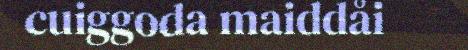
cuiggoda maiddåi